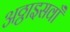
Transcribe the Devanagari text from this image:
अठ्ठाइसवाँ